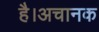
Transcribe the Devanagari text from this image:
है।अचानक